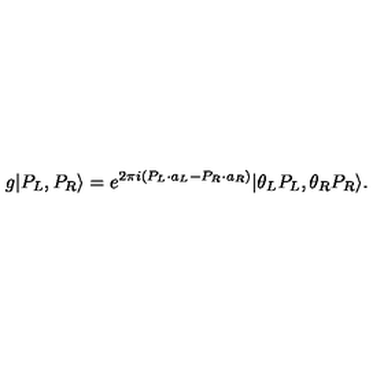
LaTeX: g | P _ { L } , P _ { R } \rangle = e ^ { 2 \pi i ( P _ { L } \cdot a _ { L } - P _ { R } \cdot a _ { R } ) } | \theta _ { L } P _ { L } , \theta _ { R } P _ { R } \rangle .